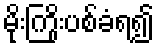
မိုးကြိုးပစ်ခံရ၍